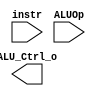
/***************************************************
Student Name: 
Student ID: 
***************************************************/

`timescale 1ns/1ps

module ALU_Ctrl(
	input	[4-1:0]	instr,
	input	[2-1:0]	ALUOp,
	output	reg [4-1:0] ALU_Ctrl_o
	);
	
/* Write your code HERE */


endmodule